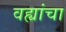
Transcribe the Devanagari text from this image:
वह्यांचा